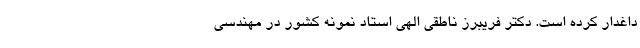
داغدار کرده است. دکتر فریبرز ناطقی الهی استاد نمونه کشور در مهندسی